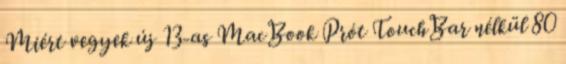
Miért vegyek új 13-as MacBook Prót TouchBar nélkül 80